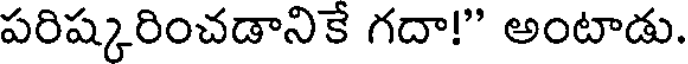
పరిష్కరించడానికే గదా!" అంటాడు.